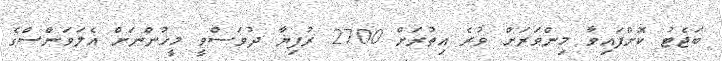
ބަޖެޓު ކޮށްފައިވާ މިންވަރަށް ވުރެ އިތުރަށް 2700 ރުފިޔާ ދުވަސްވީ މީހުންނަށް އެލަވަންސްގެ